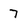
Character: 7